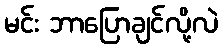
မင်း ဘာပြောချင်လို့လဲ